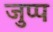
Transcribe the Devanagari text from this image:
जुप्प